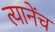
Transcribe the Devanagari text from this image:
त्यानेंच